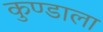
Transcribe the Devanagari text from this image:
कुण्डाला